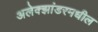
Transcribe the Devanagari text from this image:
अलेक्झांडरमधील